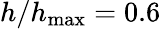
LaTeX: h/h_{\mathrm{max}}=0.6